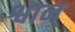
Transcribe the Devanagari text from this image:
श्वान्